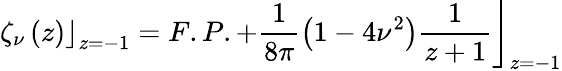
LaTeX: \left.\zeta_{\nu}\left(z\right)\right\rfloor_{z=-1}=\left.F.P.+\frac{1}{8\pi}\left(1-4\nu^{2}\right)\frac{1}{z+1}\right\rfloor_{z=-1}